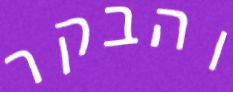
והבקר